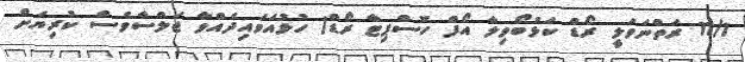
11/1 ރަތްނަވަލީ ރޯޑް ކަޅުބޯވިލާ އޯފް ހޮސްޕިޓާ ރޯޑް) ހުޅުއަވައިދެއްވާ ޖަލްސާވެސް ކުރިޔަށް